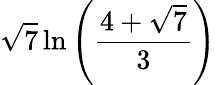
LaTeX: {\sqrt{7}}\ln\left({\frac{4+{\sqrt{7}}}{3}}\right)